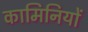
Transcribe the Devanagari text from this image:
कामिनियों